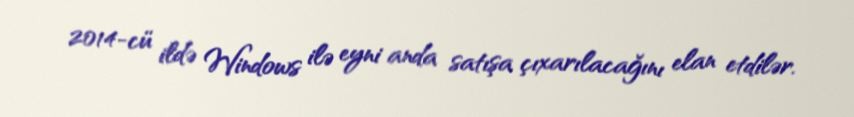
2014-cü ildə Windows ilə eyni anda satışa çıxarılacağını elan etdilər.